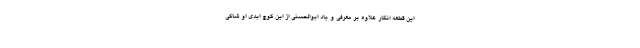
این قطعه انگار علاوه بر معرفی و یاد ابوالحسنی از این کوچ ابدی او شاکی